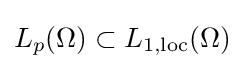
L_{p}(\Omega )\subset L_{1,{\text{loc}}}(\Omega )